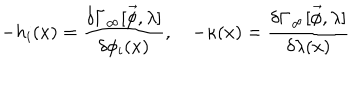
- h _ { i } ( x ) = \frac { \delta \Gamma _ { \infty } [ \vec { \phi } , \lambda ] } { \delta \phi _ { i } ( x ) } , \quad - \kappa ( x ) = \frac { \delta \Gamma _ { \infty } [ \vec { \phi } , \lambda ] } { \delta \lambda ( x ) }